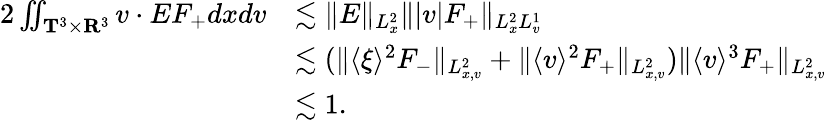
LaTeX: \begin{array}{rl}{2\iint_{\mathbf T^{3}\times\mathbf R^{3}}v\cdot EF_{+}dxdv}&{\lesssim\| E\| _{L_{x}^{2}}\| |v|F_{+}\| _{L_{x}^{2}L_{v}^{1}}}\\ &{\lesssim(\| \langle\xi\rangle^{2}F_{-}\| _{L_{x,v}^{2}}+\| \langle v\rangle^{2}F_{+}\| _{L_{x,v}^{2}})\| \langle v\rangle^{3}F_{+}\| _{L_{x,v}^{2}}}\\ &{\lesssim 1.}\end{array}